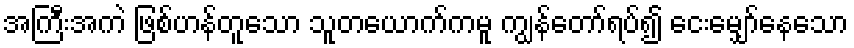
အကြီးအကဲ ဖြစ်ဟန်တူသော သူတယောက်ကမူ ကျွန်တော်ရပ်၍ ငေးမျှော်နေသော